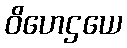
ဝိဟေဌယေ